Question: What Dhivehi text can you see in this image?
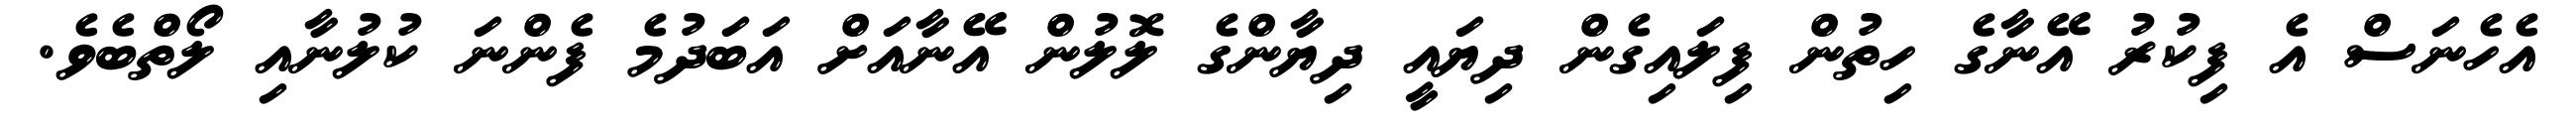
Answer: އެހެނަސް އެ ފިކުރު އޭނާގެ ހިތުން ފިލައިގެން ދިޔައީ ދިޔާންގެ ލޮލުން އޭނާއަށް އަބަދުމެ ފެންނަ ކުލުނާއި ލޯތްބެވެ.